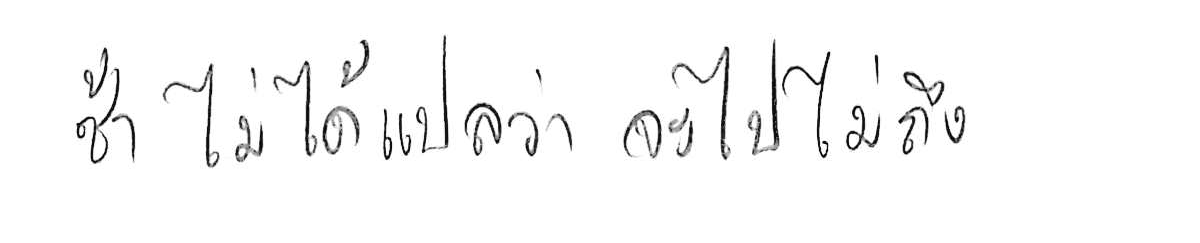
ช้า ไม่ได้แปลว่า จะไปไม่ถึง